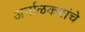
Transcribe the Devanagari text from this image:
अर्नाळकरांचे